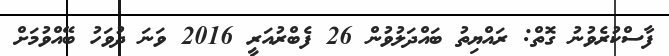
ފާސްކުރެވުނު ގޮތް: ރައްޔިތު ބައްދަލުވުން 26 ފެބްރުއަރީ 2016 ވަނަ ދުވަހު ބޭއްވުމަށް